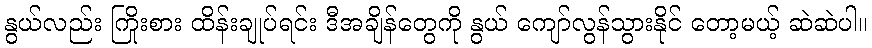
နွယ်လည်း ကြိုးစား ထိန်းချုပ်ရင်း ဒီအချိန်တွေကို နွယ် ကျော်လွန်သွားနိုင် တော့မယ့် ဆဲဆဲပါ။